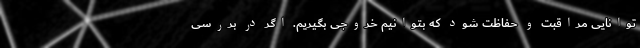
توانایی مراقبت و حفاظت شود که بتوانیم خروجی بگیریم. اگر در بررسی